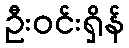
ဦးဝင်းရှိန်